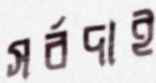
সর্বদাই